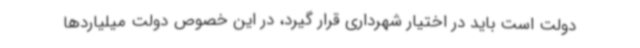
دولت است باید در اختیار شهرداری قرار گیرد، در این خصوص دولت میلیاردها